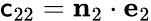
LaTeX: \mathsf{c}_{22}=\mathbf{{n}}_{2}\cdot\mathbf{{e}}_{2}